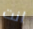
انت